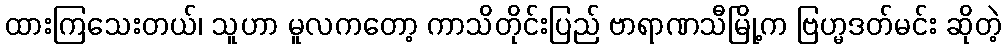
ထားကြသေးတယ်၊ သူဟာ မူလကတော့ ကာသိတိုင်းပြည် ဗာရာဏသီမြို့က ဗြဟ္မဒတ်မင်း ဆိုတဲ့